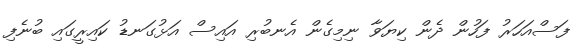
ފަސްއަހަރު ފަހުން ދެން ކިޔަވާ ނިމިގެން އެނބުރި އައިސް އަޅުގަނޑު ކައިރީގައި ބުނެފި